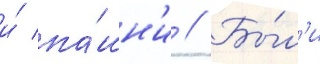
и́ па́шн'и // Бы́л'и